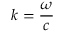
k = \frac { \omega } { c }